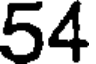
54